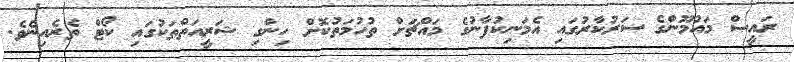
ރައީސް މައުމޫންގެ ސަރުކާރުގައި އެމަނިކުފާނުގެ މައްޗަށް ތުހުމަތުކޮށް ހިންގި ޝަރީއަތްތަކުގައި ކޯޓް ތެރެއިނެވެ.